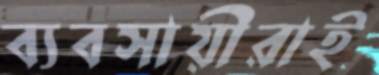
ব্যবসায়ীরাই